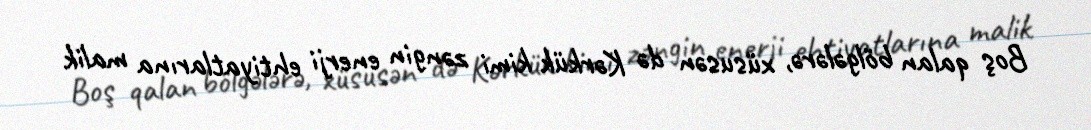
Boş qalan bölgələrə, xüsusən də Kərkük kimi zəngin enerji ehtiyatlarına malik